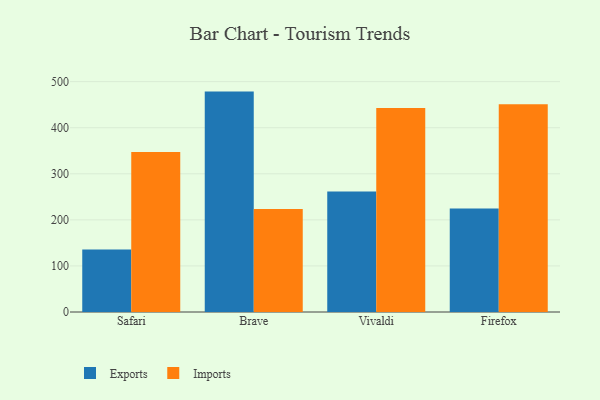
{"axis": {"x": "Browser", "y": "Waste Production (Tons)"}, "legend": ["Exports", "Imports"], "data": [{"x": "Safari", "y": 135.6, "type": "Exports"}, {"x": "Safari", "y": 347.3, "type": "Imports"}, {"x": "Brave", "y": 478.4, "type": "Exports"}, {"x": "Brave", "y": 223.8, "type": "Imports"}, {"x": "Vivaldi", "y": 261.6, "type": "Exports"}, {"x": "Vivaldi", "y": 442.6, "type": "Imports"}, {"x": "Firefox", "y": 224.4, "type": "Exports"}, {"x": "Firefox", "y": 450.9, "type": "Imports"}]}